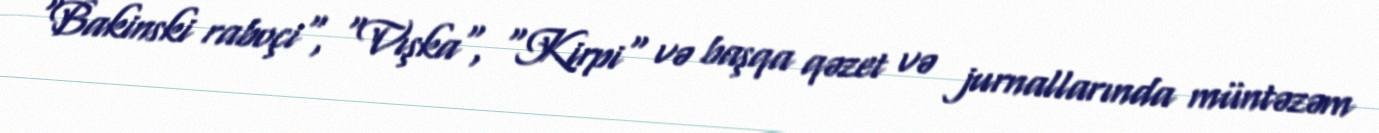
"Bakinski raboçi", "Vışka", "Kirpi" və başqa qəzet və jurnallarında müntəzəm